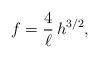
LaTeX: \begin{align*}f=\frac{4}{\ell}\,h^{3/2},\end{align*}